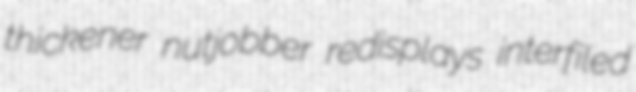
thickener nutjobber redisplays interfiled